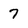
Character: 7